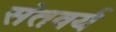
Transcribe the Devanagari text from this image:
संतवर्य